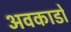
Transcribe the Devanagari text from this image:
अवकाडाे